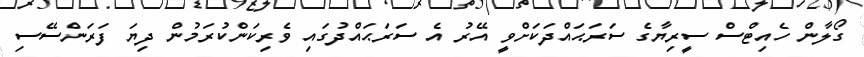
ގޯލާން ހެއިޓްސް ސީރިޔާގެ ސަރަޙައްދަކަށްވީ އޭރު އެ ސަރަޙައްދުގައި ވެރިކަންކުރަމުން ދިޔަ ފަރަންސޭސި